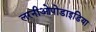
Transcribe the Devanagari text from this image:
लरनीओपोडाइडिया